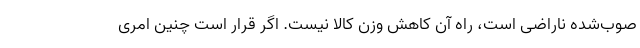
صوب‌شده ناراضی است، راه آن کاهش وزن کالا نیست. اگر قرار است چنین امری